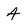
Character: 4